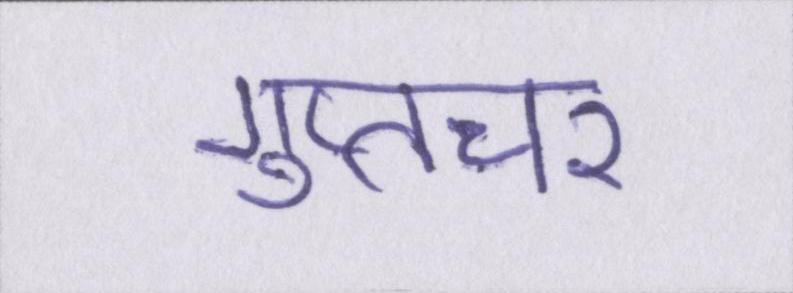
गुप्तचर